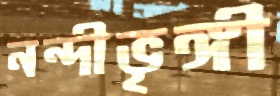
নন্দীভৃঙ্গী